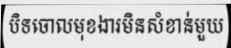
បិទចោលមុខងារមិនសំខាន់មួយ